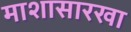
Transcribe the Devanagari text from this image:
माशासारखा